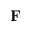
{ \bf F }